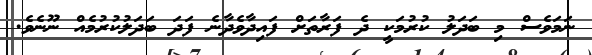
ނަމަވެސް މި ބަދަލު ކުރުމަކީ ދެ ފަރާތަށް ފައިދާވެދާނެ ފަދަ ބަދަލުކުރުމެއް ނޫނެވެ.